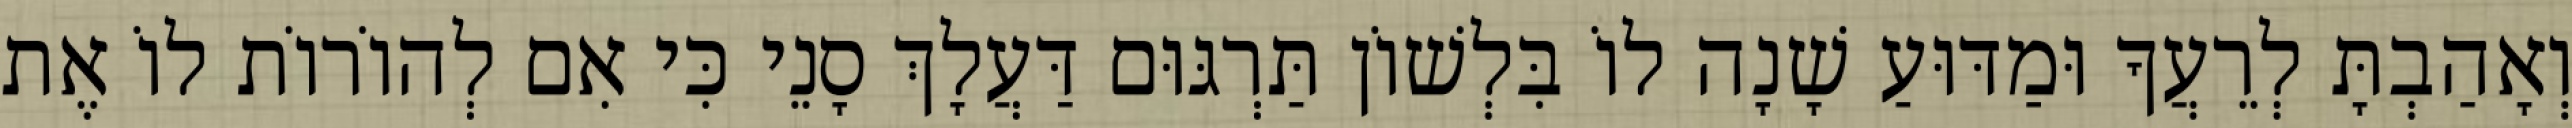
וְאָהַבְתָּ לְרֵעֲךָ וּמַדּוּעַ שָׁנָה לוֹ בִּלְשׁוֹן תַּרְגּוּם דַּעֲלָךְ סָנֵי כִּי אִם לְהוֹרוֹת לוֹ אֶת